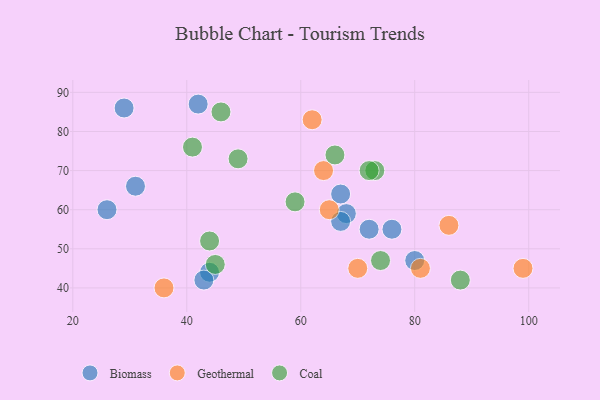
{"axis": {"x": "GDP", "y": "Life Expectancy"}, "legend": ["Biomass", "Coal", "Geothermal"], "data": [{"x": "31", "y": 66, "type": "Biomass"}, {"x": "29", "y": 86, "type": "Biomass"}, {"x": "42", "y": 87, "type": "Biomass"}, {"x": "44", "y": 44, "type": "Biomass"}, {"x": "80", "y": 47, "type": "Biomass"}, {"x": "26", "y": 60, "type": "Biomass"}, {"x": "72", "y": 55, "type": "Biomass"}, {"x": "67", "y": 64, "type": "Biomass"}, {"x": "43", "y": 42, "type": "Biomass"}, {"x": "76", "y": 55, "type": "Biomass"}, {"x": "68", "y": 59, "type": "Biomass"}, {"x": "67", "y": 57, "type": "Biomass"}, {"x": "62", "y": 83, "type": "Geothermal"}, {"x": "36", "y": 40, "type": "Geothermal"}, {"x": "86", "y": 56, "type": "Geothermal"}, {"x": "99", "y": 45, "type": "Geothermal"}, {"x": "64", "y": 70, "type": "Geothermal"}, {"x": "81", "y": 45, "type": "Geothermal"}, {"x": "65", "y": 60, "type": "Geothermal"}, {"x": "70", "y": 45, "type": "Geothermal"}, {"x": "44", "y": 52, "type": "Coal"}, {"x": "49", "y": 73, "type": "Coal"}, {"x": "74", "y": 47, "type": "Coal"}, {"x": "46", "y": 85, "type": "Coal"}, {"x": "66", "y": 74, "type": "Coal"}, {"x": "45", "y": 46, "type": "Coal"}, {"x": "73", "y": 70, "type": "Coal"}, {"x": "59", "y": 62, "type": "Coal"}, {"x": "72", "y": 70, "type": "Coal"}, {"x": "41", "y": 76, "type": "Coal"}, {"x": "88", "y": 42, "type": "Coal"}]}